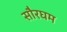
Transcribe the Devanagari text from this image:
सौरघम